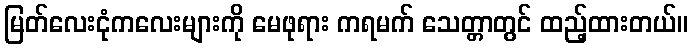
မြတ်လေးငုံကလေးများကို မေဖုရား ကရမက် သေတ္တာတွင် ထည့်ထားတယ်။